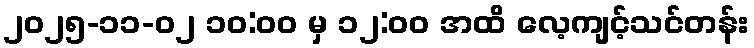
၂၀၂၅-၁၁-၀၂ ၁၀:၀၀ မှ ၁၂:၀၀ အထိ လေ့ကျင့်သင်တန်း